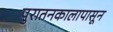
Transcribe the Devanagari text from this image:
पुरातनकालापासून